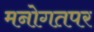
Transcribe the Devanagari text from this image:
मनोगतपर